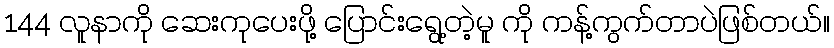
144 လူနာကို ဆေးကုပေးဖို့ ပြောင်းရွေ့တဲ့မူ ကို ကန့်ကွက်တာပဲဖြစ်တယ်။